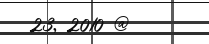
23